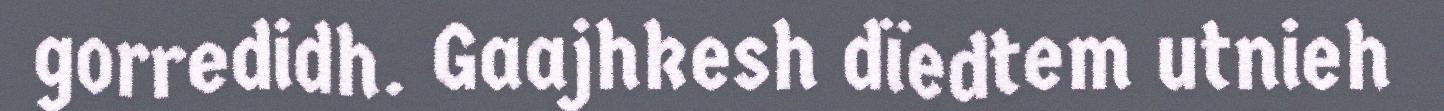
gorredidh. Gaajhkesh dïedtem utnieh